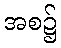
အစ၌